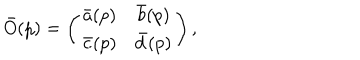
\bar { O } ( p ) = \left( \begin{matrix} { { \bar { a } ( p ) } } & { { \bar { b } ( p ) } } \\ { { \bar { c } ( p ) } } & { { \bar { d } ( p ) } } \\ \end{matrix} \right) ,